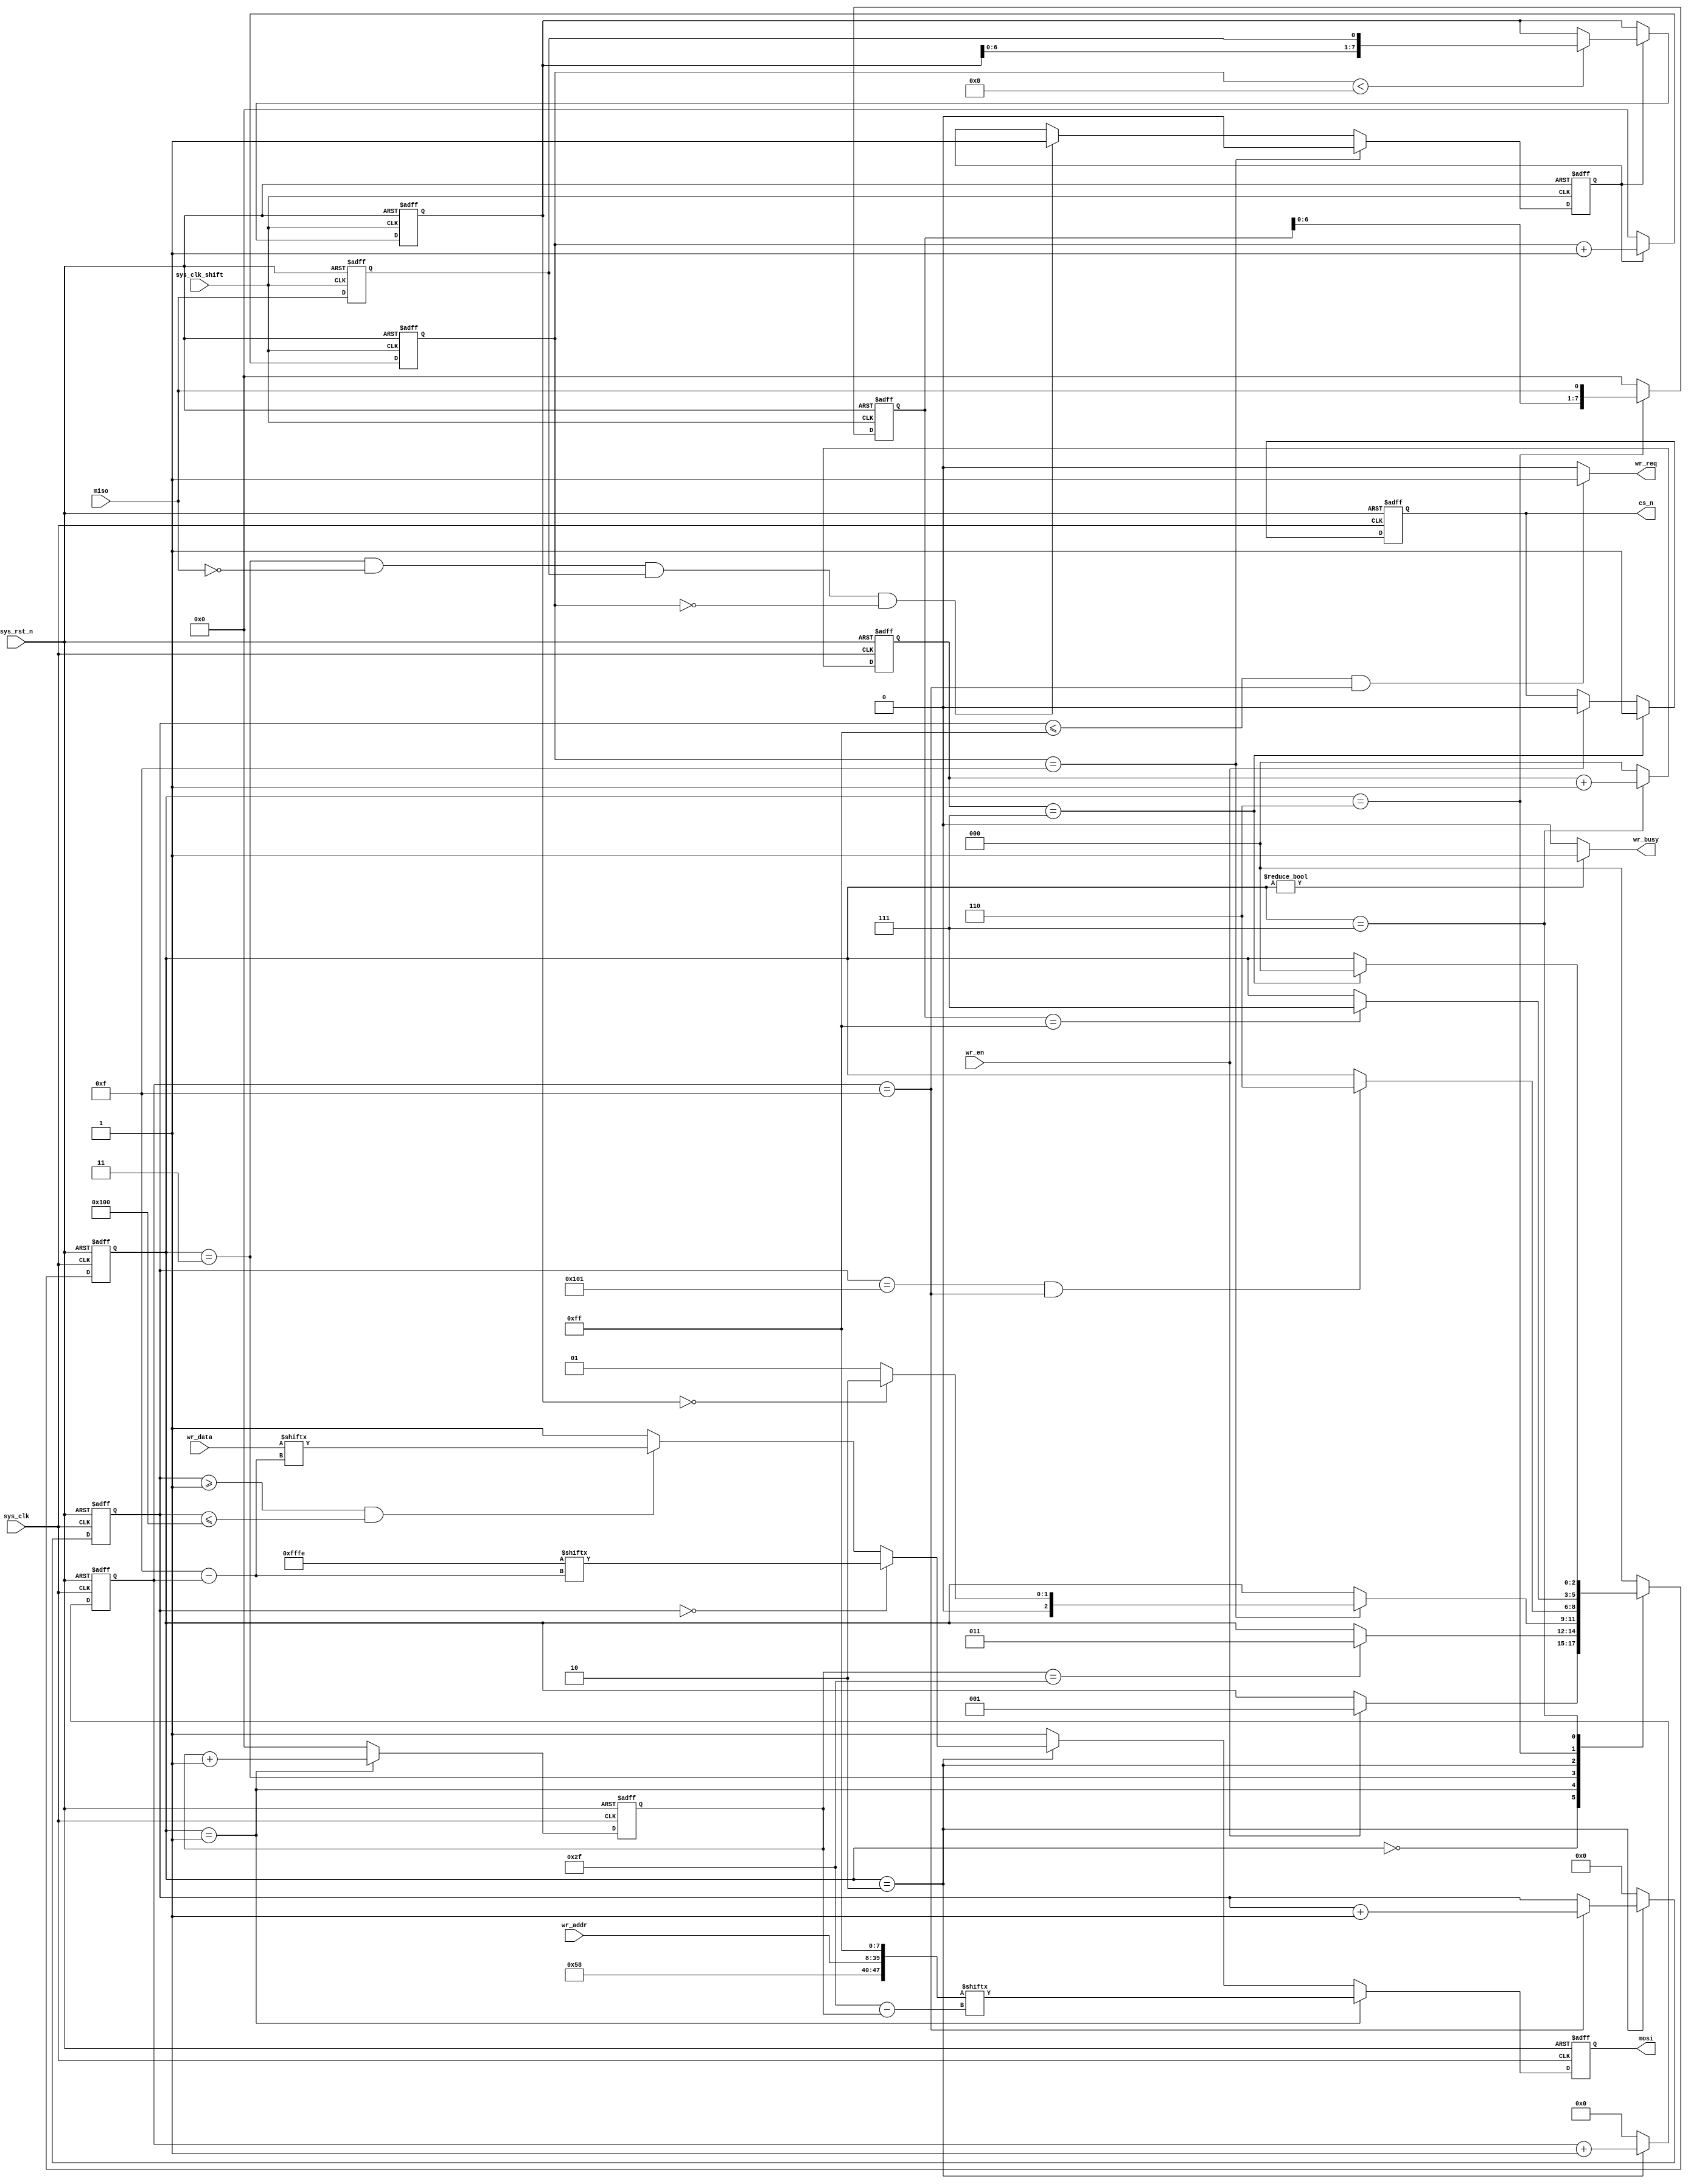
`timescale  1ns/1ns
////////////////////////////////////////////////////////////////////////
// : FPGA
//     : http://www.embedfire.com
//     : http://www.firebbs.cn
//     : https://fire-stm32.taobao.com
////////////////////////////////////////////////////////////////////////

module  sd_write
(
    input   wire            sys_clk         ,   //,50MHz
    input   wire            sys_clk_shift   ,   //,50MHz,90
    input   wire            sys_rst_n       ,   //,
    input   wire            miso            ,   //
    input   wire            wr_en           ,   //
    input   wire    [31:0]  wr_addr         ,   //
    input   wire    [15:0]  wr_data         ,   //

    output  reg             cs_n            ,   //
    output  reg             mosi            ,   //
    output  wire            wr_busy         ,   //
    output  wire            wr_req              //
);

//********************************************************************//
//****************** Parameter and Internal Signal *******************//
//********************************************************************//
//parameter define
parameter   IDLE        =   3'b000  ,   //
            SEND_CMD24  =   3'b001  ,   //CMD24
            CMD24_ACK   =   3'b011  ,   //CMD24
            WR_DATA     =   3'b010  ,   //
            WR_BUSY     =   3'b110  ,   //SD
            WR_END      =   3'b111  ;   //
parameter   DATA_NUM    =   12'd256 ;   //
parameter   BYTE_HEAD   =   16'hfffe;   //

//wire  define
wire    [47:0]  cmd_wr      ;   //

//reg   define
reg     [2:0]   state       ;   //
reg     [7:0]   cnt_cmd_bit ;   //
reg             ack_en      ;   //
reg     [7:0]   ack_data    ;   //
reg     [7:0]   cnt_ack_bit ;   //
reg     [11:0]  cnt_data_num;   //
reg     [3:0]   cnt_data_bit;   //
reg     [7:0]   busy_data   ;   //
reg     [2:0]   cnt_end     ;   //
reg             miso_dly    ;   //

//********************************************************************//
//***************************** Main Code ****************************//
//********************************************************************//
//wr_busy:
assign  wr_busy = (state != IDLE) ? 1'b1 : 1'b0;

//wr_req:
assign  wr_req = ((cnt_data_num <= DATA_NUM - 1'b1) && (cnt_data_bit == 4'd15))
                ? 1'b1 : 1'b0;

//cmd_wr:
assign  cmd_wr = {8'h58,wr_addr,8'hff};

//miso_dly:
always@(posedge sys_clk_shift or negedge sys_rst_n)
    if(sys_rst_n == 1'b0)
        miso_dly    <=  1'b0;
    else
        miso_dly    <=  miso;

//ack_en:
always@(posedge sys_clk_shift or negedge sys_rst_n)
    if(sys_rst_n == 1'b0)
        ack_en  <=  1'b0;
    else    if(cnt_ack_bit == 8'd15)
        ack_en  <=  1'b0;
    else    if((state == CMD24_ACK) && (miso == 1'b0)
                && (miso_dly == 1'b1) && (cnt_ack_bit == 8'd0))
        ack_en  <=  1'b1;
    else
        ack_en  <=  ack_en;

//ack_data:
//cnt_ack_bit:
always@(posedge sys_clk_shift or negedge sys_rst_n)
    if(sys_rst_n == 1'b0)
        begin
            ack_data    <=  8'b0;
            cnt_ack_bit <=  8'd0;
        end
    else    if(ack_en == 1'b1)
        begin
            cnt_ack_bit     <=  cnt_ack_bit + 8'd1;
            if(cnt_ack_bit < 8'd8)
                ack_data    <=  {ack_data[6:0],miso_dly};
            else
                ack_data    <=  ack_data;
        end
    else
        cnt_ack_bit <=  8'd0;

//busy_data:
always@(posedge sys_clk_shift or negedge sys_rst_n)
    if(sys_rst_n == 1'b0)
        busy_data   <=  8'd0;
    else    if(state == WR_BUSY)
        busy_data   <=  {busy_data[6:0],miso};
    else
        busy_data   <=  8'd0;

//state:
always@(posedge sys_clk or negedge sys_rst_n)
    if(sys_rst_n == 1'b0)
        state   <=  IDLE;
    else
        case(state)
            IDLE:
                if(wr_en == 1'b1)
                    state   <=  SEND_CMD24;
                else
                    state   <=  state;
            SEND_CMD24:
                if(cnt_cmd_bit == 8'd47)
                    state   <=  CMD24_ACK;
                else
                    state   <=  state;
            CMD24_ACK:
                if(cnt_ack_bit == 8'd15)
                    if(ack_data == 8'h00)
                        state   <=  WR_DATA;
                    else
                        state   <=  SEND_CMD24;
                else
                    state   <=  state;
            WR_DATA:
                if((cnt_data_num == (DATA_NUM + 1'b1))
                    && (cnt_data_bit == 4'd15))
                    state   <=  WR_BUSY;
                else
                    state   <=  state;
            WR_BUSY:
                if(busy_data == 8'hff)
                    state   <=  WR_END;
                else
                    state   <=  state;
            WR_END:
                if(cnt_end == 3'd7)
                    state   <=  IDLE;
                else
                    state   <=  state;
            default:state   <=  IDLE;
        endcase

//cs_n:
always@(posedge sys_clk or negedge sys_rst_n)
    if(sys_rst_n == 1'b0)
        cs_n    <=  1'b1;
    else    if(cnt_end == 3'd7)
        cs_n    <=  1'b1;
    else    if(wr_en == 1'b1)
        cs_n    <=  1'b0;
    else
        cs_n    <=  cs_n;

//cnt_cmd_bit:
always@(posedge sys_clk or negedge sys_rst_n)
    if(sys_rst_n == 1'b0)
        cnt_cmd_bit     <=  8'd0;
    else    if(state == SEND_CMD24)
        cnt_cmd_bit     <=  cnt_cmd_bit + 8'd1;
    else
        cnt_cmd_bit     <=  8'd0;

//mosi:
always@(posedge sys_clk or negedge sys_rst_n)
    if(sys_rst_n == 1'b0)
        mosi    <=  1'b1;
    else    if(state == SEND_CMD24)
        mosi    <=  cmd_wr[8'd47 - cnt_cmd_bit];
    else    if(state == WR_DATA)
        if(cnt_data_num == 12'd0)
            mosi    <=  BYTE_HEAD[15 - cnt_data_bit];
        else    if((cnt_data_num >= 12'd1) && (cnt_data_num <= DATA_NUM))
            mosi    <=  wr_data[15 - cnt_data_bit];
        else
            mosi    <=  1'b1;
    else
        mosi    <=  1'b1;

//cnt_data_bit:
always@(posedge sys_clk or negedge sys_rst_n)
    if(sys_rst_n == 1'b0)
        cnt_data_bit    <=  4'd0;
    else    if(state == WR_DATA)
        cnt_data_bit    <=  cnt_data_bit + 4'd1;
    else
        cnt_data_bit    <=  4'd0;

//cnt_data_num:
always@(posedge sys_clk or negedge sys_rst_n)
    if(sys_rst_n == 1'b0)
        cnt_data_num    <=  12'd0;
    else    if(state == WR_DATA)
        if(cnt_data_bit == 4'd15)
            cnt_data_num    <=  cnt_data_num + 12'd1;
        else
            cnt_data_num    <=  cnt_data_num;
    else
        cnt_data_num    <=  12'd0;

//cnt_end:
always@(posedge sys_clk or negedge sys_rst_n)
    if(sys_rst_n == 1'b0)
        cnt_end <=  3'd0;
    else    if(state == WR_END)
        cnt_end <=  cnt_end + 3'd1;
    else
        cnt_end <=  3'd0;

endmodule